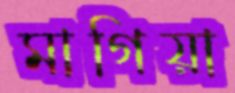
মাগিয়া